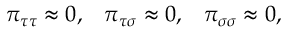
\begin{array} { c c c } { { \pi _ { \tau \tau } \approx 0 , } } & { { \pi _ { \tau \sigma } \approx 0 , } } & { { \pi _ { \sigma \sigma } \approx 0 , } } \end{array}